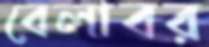
বেলাবর